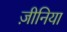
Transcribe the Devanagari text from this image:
ज़ीनिया